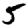
Digit: 5